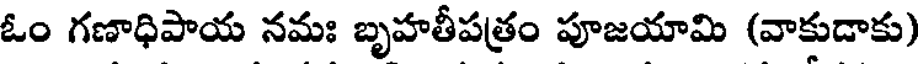
ఓం గణాధిపాయ నమః బృహతీపత్రం పూజయామి (వాకుడాకు)